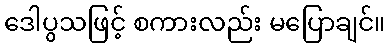
ဒေါပွသဖြင့် စကားလည်း မပြောချင်။